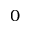
0